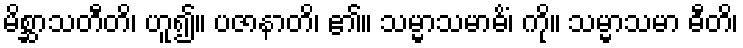
မိစ္ဆာသတီတိ၊ ဟူ၍။ ပဇာနာတိ၊ ၏။ သမ္မာသမာဓိံ၊ ကို။ သမ္မာသမာ ဓီတိ၊